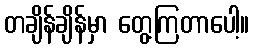
တချိန်ချိန်မှာ တွေ့ကြတာပေါ့။